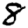
Digit: 8